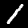
Digit: 1